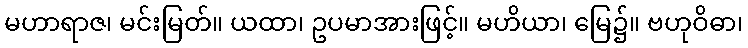
မဟာရာဇ၊ မင်းမြတ်။ ယထာ၊ ဥပမာအားဖြင့်။ မဟိယာ၊ မြေ၌။ ဗဟုဝိဓာ၊